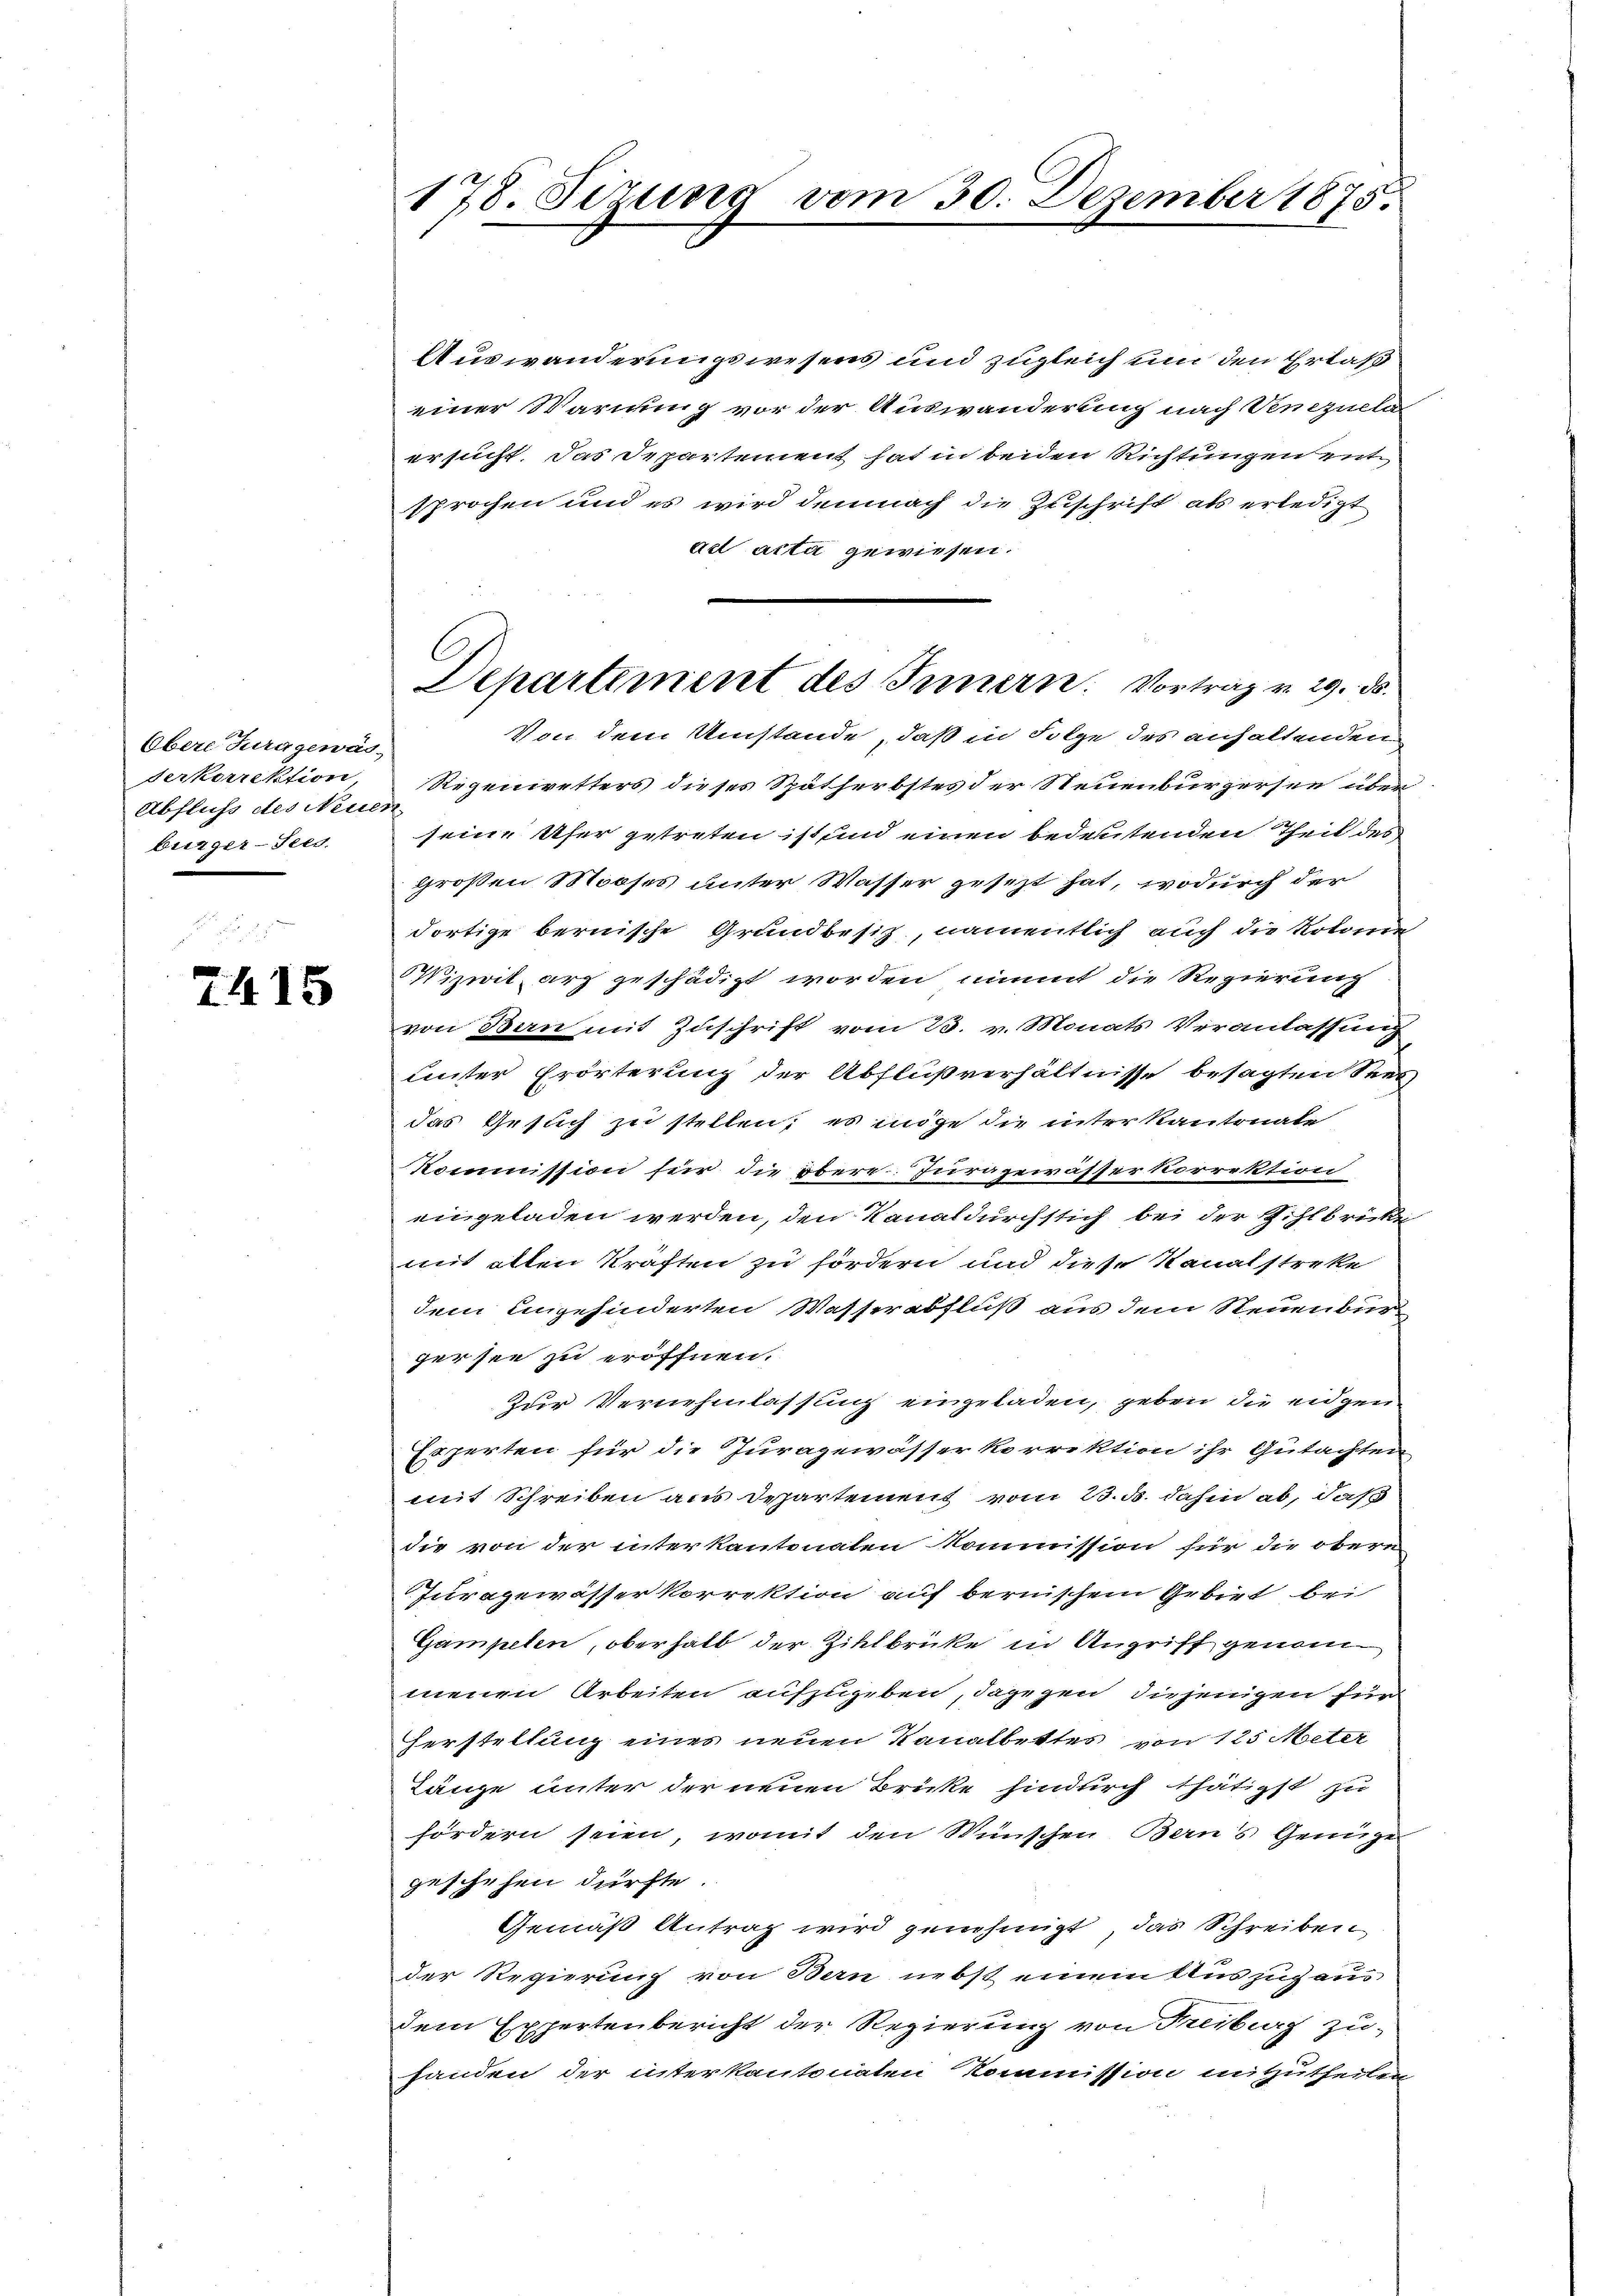
Obere Jura gewäs,
Serkorrektion
Abfluss des Neuen
bürger-Seed.

2415

178. Sizung vom 30. Dezember 1875.

Auswanderungswesens und zugleich um den Erlaß
einer Warnung vor der Auswanderung nach Venezuela
ersucht. Das Departement hat in beiden Richtungen entsprochen und es wird demnach die Zuschrift als erledigt
det acta gewiesen.
Regeniretters dieser Spätherbstes der Neuenburgersee über
seine Ufer getreten ist und einen bedeutenden Theil des
großen Mooses unter Wasser gesezt hat, wodurch der
dortige bernische Grundbesiz, namentlich auch die Rotomie-
WVizwil arz geschädigt worden nimmt die Regierung
von Bern mit Zuschrift vom 23. v. Monats Veranlassung
Lnter Erörterung der Abflußverhältnisse besagten Seel
das Gesuch zu stellen; es möge die interkantonale
Kommission für die obere Juragewässer korrektion
eingeladen werden, den Kanal durchstich bei der Zihlbrücke
mit alten Kraften zu fördern und diese Kanalstreke
dem ungehinderten Wasserabfluß aus dem Steuenburgersee zu eröffnen.
Zur Vernehmlassung eingeladen, geben die eidgen
Experten für die Juragewässer korrektion ihr Gutachten
mit Schreiben aus Departement vom 23. d. dahin ab, daß
die von der interkantonalen Kommission für die obere
Juragewässer korrektion auf bernischem Gebiet bei
Gampeten, oberhalb der Zielbrücke in Angriff genom
menen Arbeiten aufzugeben, dagegen diejenigen für
Herstellung eines neuen Kanalbettes von 125 Meter
Länge unter der neuen Brücke hindurch thätigst zu
fördern seien, womit den Wünschen Berns Genüge
geschehen dürfte.
Gemäß Antrag wird genehmigt, das Schreiben
der Regierung von Bern nebst einem Auszug aus
Dem Expertenbericht der Regierung von Freiburg zu-
handen der interkantonaten Kommission mitzutheilen

l
Departement des Innern. Vortrag v. 29. ds.
Von dem Umstände, daß in Folge des anhaltenden